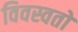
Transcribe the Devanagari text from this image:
विवस्वतो